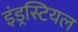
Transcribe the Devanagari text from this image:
इंड्रस्टियल